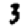
Digit: 3